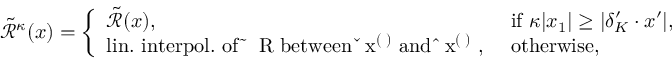
\tilde { \mathcal R } ^ { \kappa } ( x ) = \left\{ \begin{array} { l l } { \tilde { \mathcal R } ( x ) , } & { \mathrm { ~ i f ~ } \kappa | x _ { 1 } | \ge | \delta _ { K } ^ { \prime } \cdot x ^ { \prime } | , } \\ { \mathrm { l i n . \ i n t e r p o l . \ o f ~ \tilde { ~ } \mathcal ~ R ~ b e t w e e n ~ \check { ~ } x ^ { ( \kappa ) } ~ a n d ~ \hat { ~ } x ^ { ( \kappa ) } ~ , } } & { \mathrm { ~ o t h e r w i s e , } } \end{array} \right.